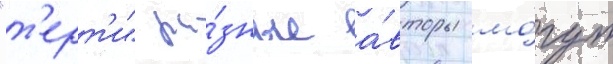
"т'ерт'и" ра́зные а́вторы мо́гут